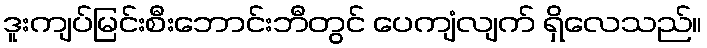
ဒူးကျပ်မြင်းစီးဘောင်းဘီတွင် ပေကျံလျက် ရှိလေသည်။